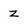
Character: Z